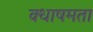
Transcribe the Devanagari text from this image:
क्धाषमता